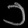
Digit: ၁